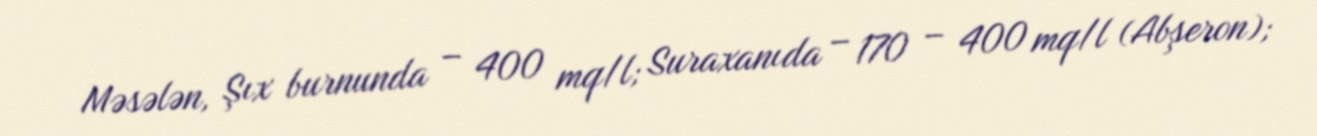
Məsələn, Şıx burnunda – 400 mq/l; Suraxanıda – 170 – 400 mq/l (Abşeron);